Scottish Leaving Certificate Examination, 1957
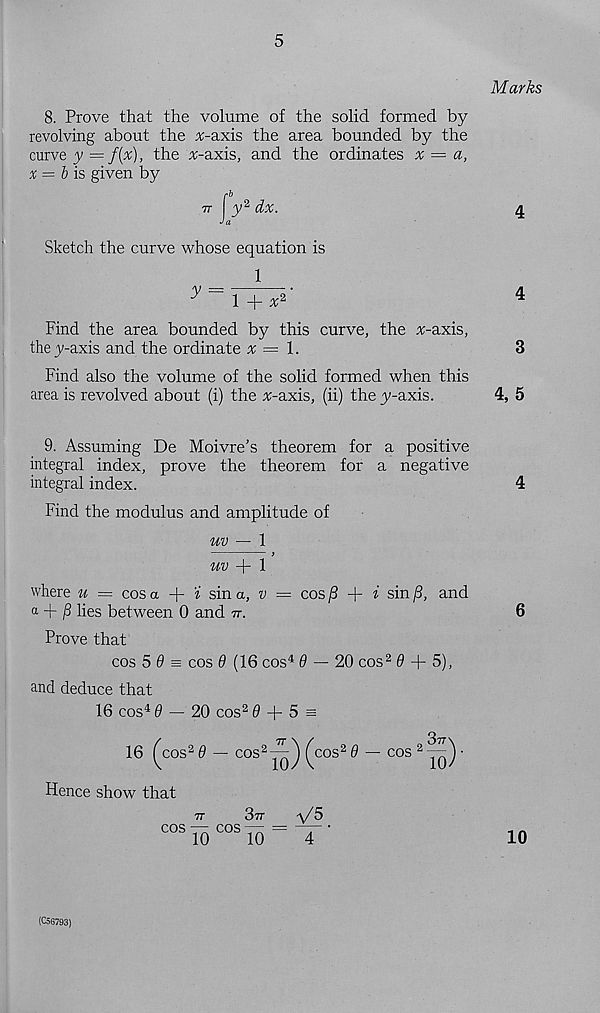
5
Marks
8. Prove that the volume of the solid formed by
revolving about the %-axis the area bounded by the
curve y = f(x), the :r-axis, and the ordinates x = a,
x = b is given by
rb
tt y 2 dx.
4
J a
Sketch the curve whose equation is
^ = 1 + ^2’
4
Find the area bounded by this curve, the :r-axis,
they-axis and the ordinate x = l.
3
Find also the volume of the solid formed when this
area is revolved about (i) the %-axis, (ii) the y-axis.
4, 5
9. Assuming De Moivre’s theorem for a positive
integral index, prove the theorem for a negative
integral index.
Find the modulus and amplitude of
uv — \ >
uv -)- 1
where u = cos a +
sin a, v — cos /? + f sin j3, and
a + lies between 0 and tt.
Prove that
cos 5 9s cos 9 (16 cos 4 0 — 20 cos 2 6 + 5),
and deduce that
16 cos 4 0 — 20 cos 2 0 + 5 s
16 ^cos 2 0 — cos 2 77
10
^ ^cos 2 0 — cos 2 37T V
10/
Hence show that
77
377
cos-cos-
V5
4
4
6
10
(CS6793)